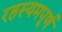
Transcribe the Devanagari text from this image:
रहस्यमपूर्ण